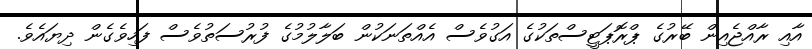
އާއި ރާއްޖެއިން ބޭރުގެ ޕްރޮޕަޓީސްތަކުގެ އަގުވެސް އެއްތަނަކުން ބަލާލުމުގެ ފުރުސަތުވެސް ފަހިވެގެން ދިޔައެވެ.